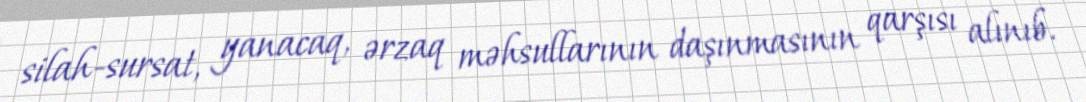
silah-sursat, yanacaq, ərzaq məhsullarının daşınmasının qarşısı alınıb.